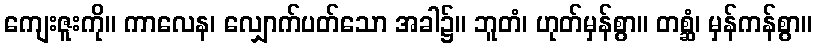
ကျေးဇူးကို။ ကာလေန၊ လျှောက်ပတ်သော အခါ၌။ ဘူတံ၊ ဟုတ်မှန်စွာ။ တစ္ဆံ၊ မှန်ကန်စွာ။